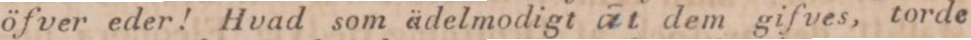
öfver eder! Hvad som ädelmodigt at dem gifves, torde